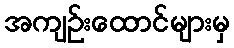
အကျဉ်းထောင်များမှ